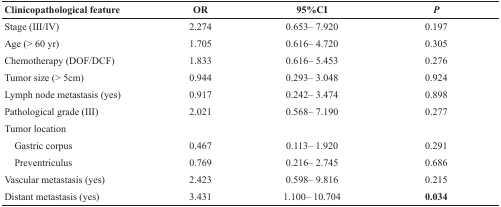
| Clinicopathological feature | OR | 95%CI | P |
 | --- | --- | --- | --- |
 | Stage (III/IV) | 2.274 | 0.653– 7.920 | 0.197 |
 | Age (> 60 yr) | 1.705 | 0.616– 4.720 | 0.305 |
 | Chemotherapy (DOF/DCF) | 1.833 | 0.616– 5.453 | 0.276 |
 | Tumor size (> 5cm) | 0.944 | 0.293– 3.048 | 0.924 |
 | Lymph node metastasis (yes) | 0.917 | 0.242– 3.474 | 0.898 |
 | Pathological grade (III) | 2.021 | 0.568– 7.190 | 0.277 |
 | Tumor location |  |  |  |
 | Gastric corpus | 0.467 | 0.113– 1.920 | 0.291 |
 | Preventriculus | 0.769 | 0.216– 2.745 | 0.686 |
 | Vascular metastasis (yes) | 2.423 | 0.598– 9.816 | 0.215 |
 | Distant metastasis (yes) | 3.431 | 1.100– 10.704 | 0.034 |